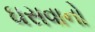
ઘસવાનો